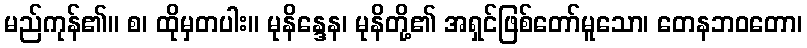
မည်ကုန်၏။ စ၊ ထိုမှတပါး။ မုနိန္ဒေန၊ မုနိတို့၏ အရှင်ဖြစ်တော်မူသော၊ တေနဘဝတော၊